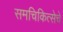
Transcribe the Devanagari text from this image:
समचिकित्सेचे